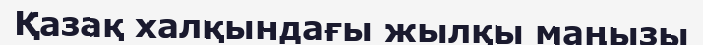
Қазақ халқындағы жылқы маңызы